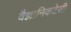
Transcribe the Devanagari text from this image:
वैज्ञानिकटेसी